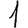
Digit: 1